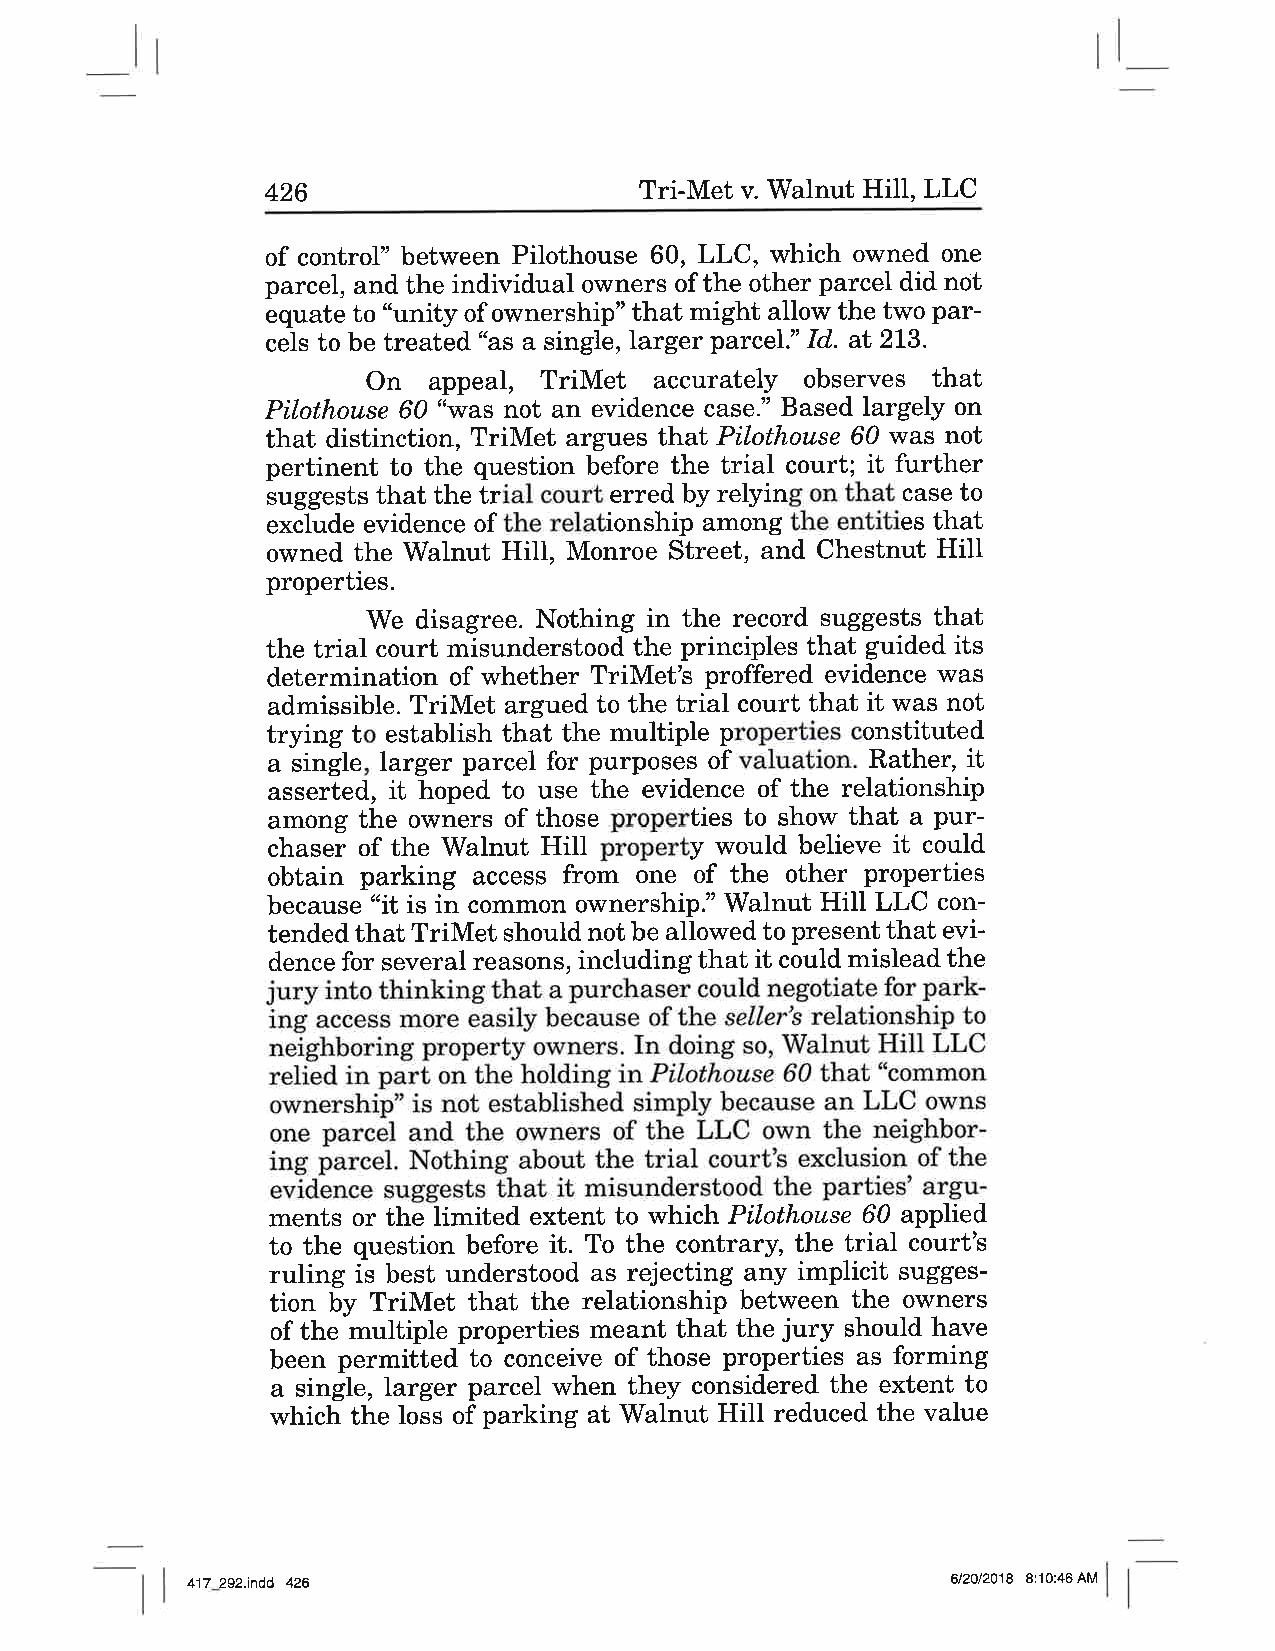
426                     Tri-Met v. Walnut Hill, LLC
 of control" between Pilothouse 60, LLC, which owned one
 parcel, and the individual owners of the other parcel did not
 equate to "unity of ownership" that might allow the two par-
 cels to be treated "as a single, larger parcel." Id. at 2I3.
 On  appeal, TriMet accurately observes that
 Pilothouse 60 "was not an evidence case." Based largely on
 that distinction, TriMet argues t}i'at Pilothouse 60 was not
 pertinent to the question before the trial court; it further
 suggests that the trial court erred by relying on that case to
 exclude evidence of the relationship among the entities that
 owned the Walnut Hill, Monroe Street, and Chestnut Hill
 properties.
 We  disagree. Nothing in the record suggests that
 the trial court misunderstood the principles that guided its
 determination of whether TriMet's proffered evidence was
 admissible. TriMet argued to the trial court that it was not
 trying to establish that the multiple properties constituted
 it
 a single, larger parcel for purposes of valuation. Rather,
 asserted, it hoped to use the evidence of the relationship
 among the owners of those properties to show that a pur-
 chaser of the Walnut Hill property would believe it could
 obtain parking access from one of the other properties
 because "it is in common orffnership." Walnut Hill LLC con-
 tended that TriMet should not be allowed to present that evi-
 dence for several reasons, including that it could mislead the
 jury into thinking that a purchaser could negotiate for park-
 ing access more easily because of the seller's relationship to
 neighboring property owners. In doing so, Walnut HilI LLC
 relied in part on the holding in Pilothouse 60 that "common
 ownership" is not established simply because an LLC o\üns
 one parcel and the owners of the LLC own the neighbor-
 ing parcel. Nothing about the trial court's exclusion of the
 evidence suggests that it misunderstood the parties' argu-
 ments or the limited extent to which Pilothouse 60 applied
 to the question before it. To the contrary, t}lle trial court's
 ruling is best understood as rejecting any implicit sugges-
 tion by TriMet that the relationship between the owners
 of the multiple properties meant that the jury should have
 been permitted to conceive of those properties as forming
 a single, larger parcel when they considered the extent to
 which the loss of parking at Walnut HilI reduced the value
 417_292.indd 426                                  612012018 8:10:46 AM